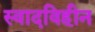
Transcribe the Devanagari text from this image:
स्वादविहीन